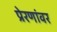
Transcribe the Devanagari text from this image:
प्रेरणांवर